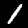
Label: 1